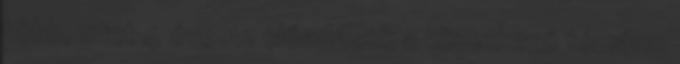
több, mint 4 éve Az előadások a következő témára: